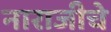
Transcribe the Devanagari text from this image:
नाराजीचे